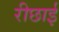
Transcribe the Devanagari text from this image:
रीछाई